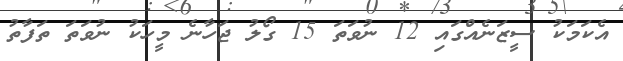
އެކަމަކު ސީޒަނެއްގައި 12 ނުވަތަ 15 ގޯލު ޖަހާނެ މީހަކު ނުވަތަ ތަފާތު